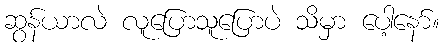
ဆွန်ယာလဲ လူပြောသူပြောပဲ သိမှာ ပေါ့နော်။